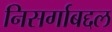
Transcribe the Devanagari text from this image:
निसर्गाबद्दल